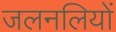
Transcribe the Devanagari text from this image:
जलनलियों